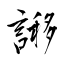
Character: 謻